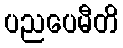
ပညပေမီတိ